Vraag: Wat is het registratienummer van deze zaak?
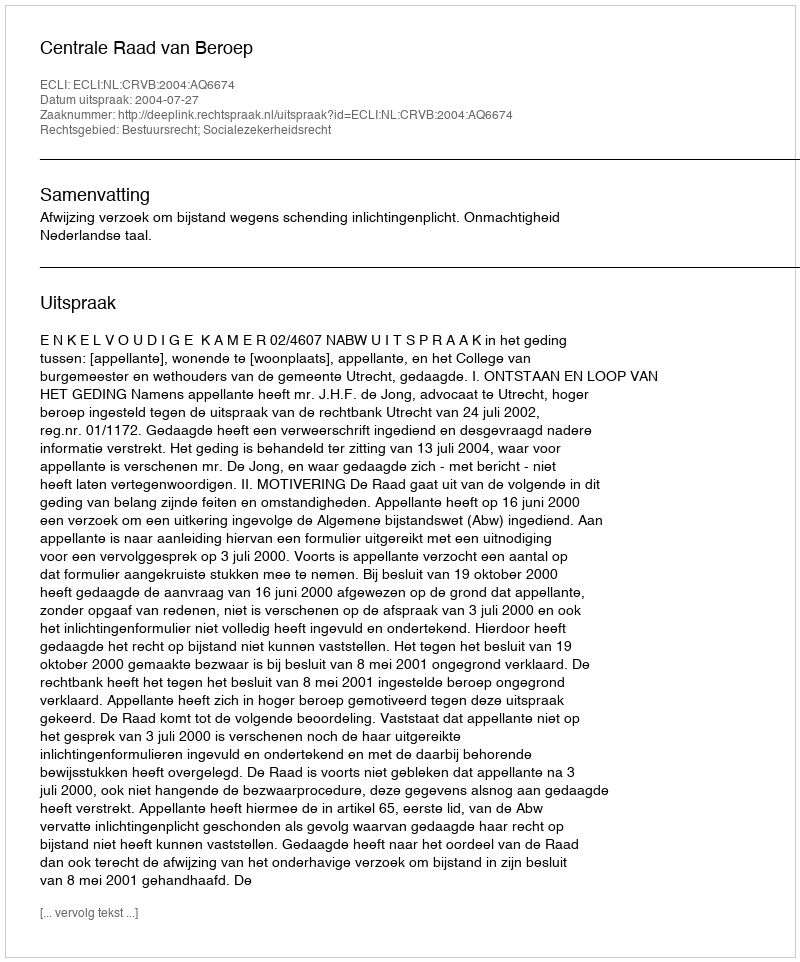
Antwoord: http://deeplink.rechtspraak.nl/uitspraak?id=ECLI:NL:CRVB:2004:AQ6674